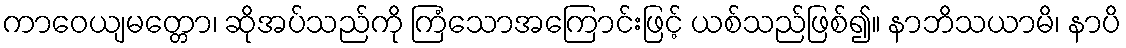
ကာဝေယျမတ္တော၊ ဆိုအပ်သည်ကို ကြံသောအကြောင်းဖြင့် ယစ်သည်ဖြစ်၍။ နာဘိသယာမိ၊ နာပိ